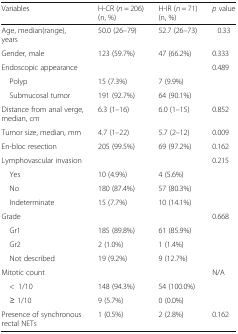
| Variables | H-CR (n = 206) (n, %) | H-IR (n = 71) (n, %) | p value |
 | --- | --- | --- | --- |
 | Age, median(range), years | 50.0 (26–79) | 52.7 (26–73) | 0.33 |
 | Gender, male | 123 (59.7%) | 47 (66.2%) | 0.333 |
 | Endoscopic appearance |  |  | 0.489 |
 | Polyp | 15 (7.3%) | 7 (9.9%) |  |
 | Submucosal tumor | 191 (92.7%) | 64 (90.1%) |  |
 | Distance from anal verge, median, cm | 6.3 (1–16) | 6.0 (1–15) | 0.852 |
 | Tumor size, median, mm | 4.7 (1–22) | 5.7 (2–12) | 0.009 |
 | En-bloc resection | 205 (99.5%) | 69 (97.2%) | 0.162 |
 | Lymphovascular invasion |  |  | 0.215 |
 | Yes | 10 (4.9%) | 4 (5.6%) |  |
 | No | 180 (87.4%) | 57 (80.3%) |  |
 | Indeterminate | 15 (7.7%) | 10 (14.1%) |  |
 | Grade |  |  | 0.668 |
 | Gr1 | 185 (89.8%) | 61 (85.9%) |  |
 | Gr2 | 2 (1.0%) | 1 (1.4%) |  |
 | Not described | 19 (9.2%) | 9 (12.7%) |  |
 | Mitotic count |  |  | N/A |
 | <1/10 | 148 (94.3%) | 54 (100.0%) |  |
 | ≥ 1/10 | 9 (5.7%) | 0 (0.0%) |  |
 | Presence of synchronous rectal NETs | 1 (0.5%) | 2 (2.8%) | 0.162 |